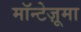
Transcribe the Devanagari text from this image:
मॉन्टेज़ूमा